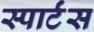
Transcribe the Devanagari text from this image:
स्पार्टंस